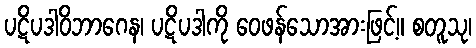
ပဋိပဒါဝိဘာဂေန၊ ပဋိပဒါကို ဝေဖန်သောအားဖြင့်။ စတူသု၊